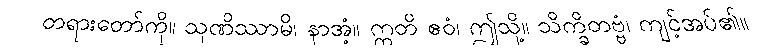
တရားတော်ကို။ သုဏိဿာမိ၊ နာအံ့။ ဣတိ ဧဝံ၊ ဤသို့။ သိက္ခိတဗ္ဗံ၊ ကျင့်အပ်၏။